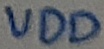
Text: VDD